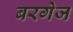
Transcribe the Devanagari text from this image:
बरगेज